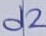
Text: d2